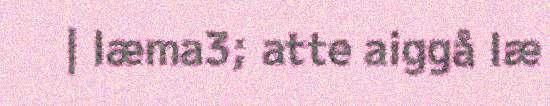
| læma3; atte aiggå læ